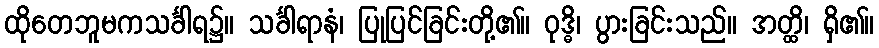
ထိုတေဘူမကသင်္ခါရ၌။ သင်္ခါရာနံ၊ ပြုပြင်ခြင်းတို့၏။ ဝုဒ္ဓိ၊ ပွားခြင်းသည်။ အတ္ထိ၊ ရှိ၏။